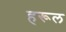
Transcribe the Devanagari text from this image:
हरूल